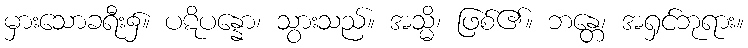
မှားသောခရီး၌။ ပဋိပန္နော၊ သွားသည်။ အသ္မိ၊ ဖြစ်၏။ ဘန္တေ၊ အရှင်ဘုရား။